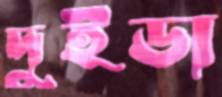
দুইডা